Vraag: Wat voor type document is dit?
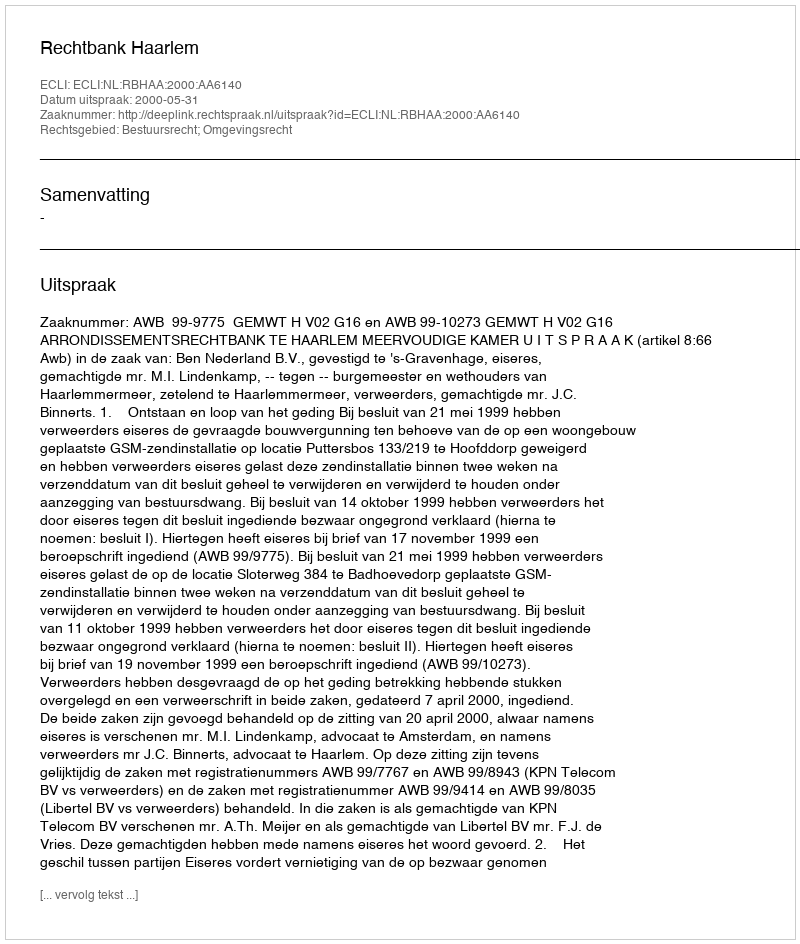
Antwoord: Uitspraak